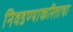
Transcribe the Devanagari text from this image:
निवडण्याकरिताचा